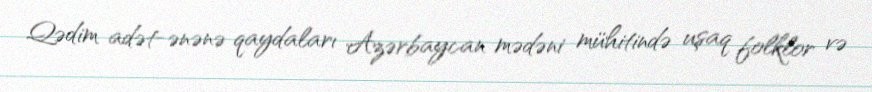
Qədim adət-ənənə qaydaları Azərbaycan mədəni mühitində uşaq folklor və